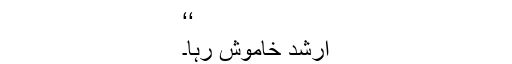
‘‘
ارشد خاموش رہا۔